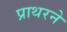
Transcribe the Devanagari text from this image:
प्राथरने